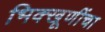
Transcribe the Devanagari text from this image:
भिक्खूणींचा